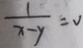
\frac { 1 } { x - y } = 0